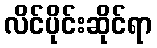
လိင်ပိုင်းဆိုင်ရာ